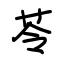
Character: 苓